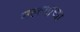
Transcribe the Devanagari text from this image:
मल्ल्याच्या